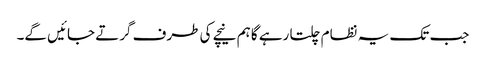
جب تک یہ نظام چلتا رہے گا ہم نیچے کی طرف گرتے جائیں گے۔